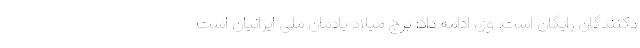
دکنندگان رایگان است. وی ادامه داد: برج میلاد یادمان ملی ایرانیان است